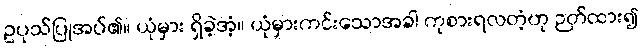
ဥပုသ်ပြုအပ်၏။ ယုံမှား ရှိခဲ့အံ့။ ယုံမှားကင်းသောအခါ ကုစားရလတံ့ဟု ဉတ်ထား၍